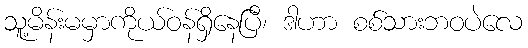
သူ့မိန်းမမှာကိုယ်ဝန်ရှိနေပြီ၊ ဒါဟာ စစ်သားဘဝပဲလေ